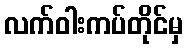
လက်ဝါးကပ်တိုင်မှ